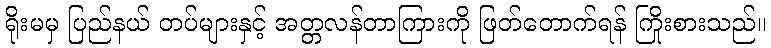
ရိုးမမှ ပြည်နယ် တပ်များနှင့် အတ္တလန်တာကြားကို ဖြတ်တောက်ရန် ကြိုးစားသည်။